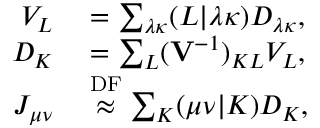
\begin{array} { r l } { V _ { L } } & { { } = \sum _ { \lambda \kappa } ( L \vert \lambda \kappa ) D _ { \lambda \kappa } , } \\ { D _ { K } } & { { } = \sum _ { L } ( \ensuremath \mathbf { V } ^ { - 1 } ) _ { K L } V _ { L } , } \\ { J _ { \mu \nu } } & { { } \overset { \mathrm { D F } } { \approx } \sum _ { K } ( \mu \nu \vert K ) D _ { K } , } \end{array}